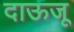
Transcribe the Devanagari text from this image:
दाऊजू